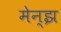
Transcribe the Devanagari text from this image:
मेन्झ